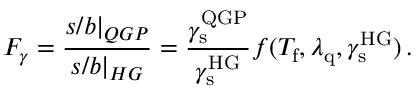
F _ { \gamma } = \frac { s / b | _ { Q G P } } { s / b | _ { H G } } = \frac { \gamma _ { \mathrm { s } } ^ { \mathrm { Q G P } } } { \gamma _ { \mathrm { s } } ^ { \mathrm { H G } } } f ( T _ { \mathrm { f } } , \lambda _ { \mathrm { q } } , \gamma _ { \mathrm { s } } ^ { \mathrm { H G } } ) \, .